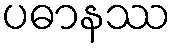
ပဓာနဿ